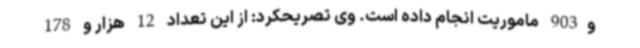
و903 ماموریت انجام داده است. وی تصریحکرد: از این تعداد 12 هزار و 178